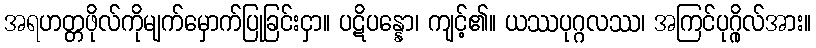
အရဟတ္တဖိုလ်ကိုမျက်မှောက်ပြုခြင်းငှာ။ ပဋိပန္နော၊ ကျင့်၏။ ယဿပုဂ္ဂလဿ၊ အကြင်ပုဂ္ဂိုလ်အား။